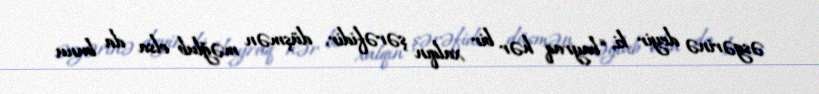
əsgərinə deyir ki, “bayraq hər bir xalqın şərəfidir, düşmən məğlub olsa da bunu